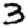
Digit: 3